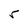
Character: r